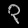
Digit: ၃